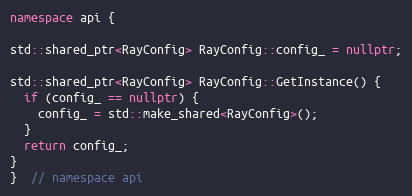
Language: C++
namespace api {

std::shared_ptr<RayConfig> RayConfig::config_ = nullptr;

std::shared_ptr<RayConfig> RayConfig::GetInstance() {
  if (config_ == nullptr) {
    config_ = std::make_shared<RayConfig>();
  }
  return config_;
}
}  // namespace api